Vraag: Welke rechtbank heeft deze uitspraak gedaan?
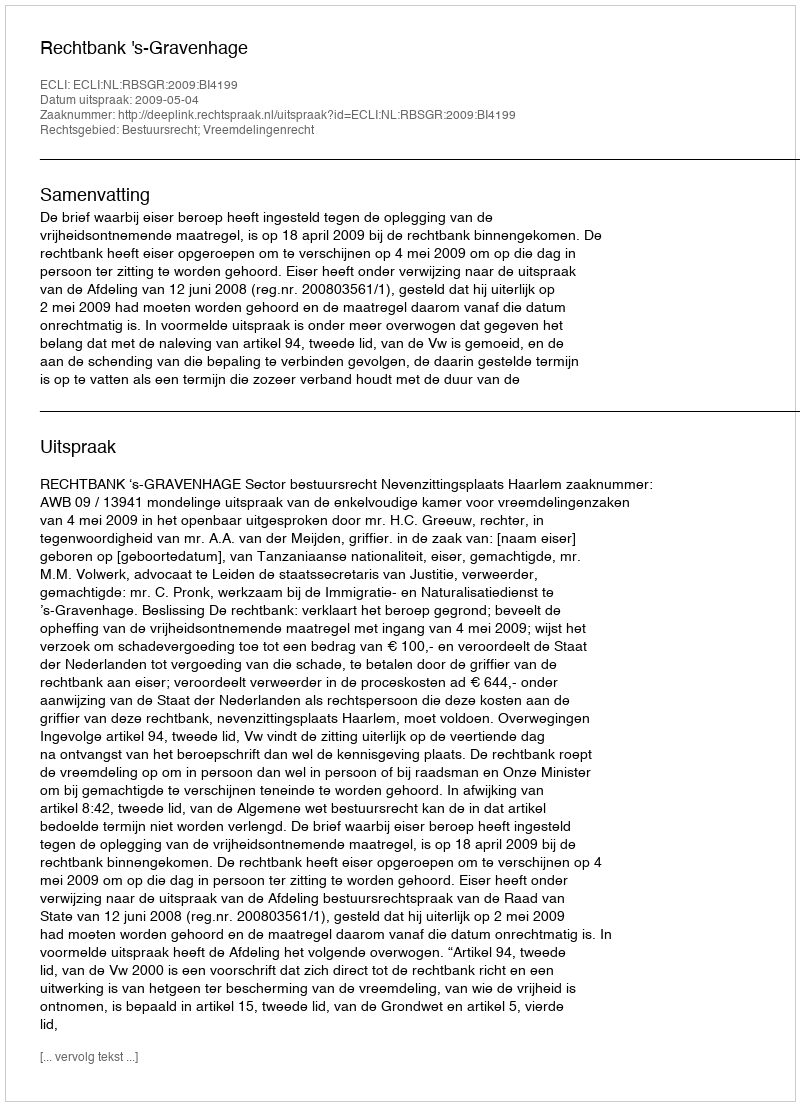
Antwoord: Rechtbank 's-Gravenhage